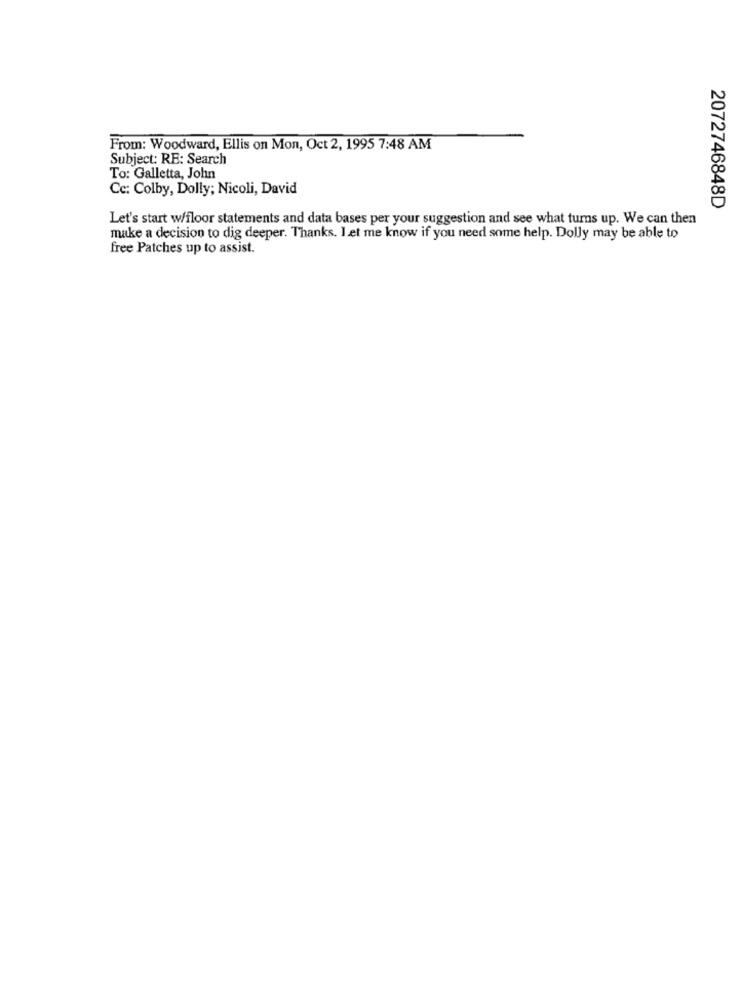
From: Woodward, Ellis on Mon, Oct 2, 1995 7:48 AM
Subject: RE: Search
To: Galletta, John
Cc: Colby, Dolly; Nicoli, David
2072746848D
Let's start w/floor statements and data bases per your suggestion and see what turns up. We can then
make a decision to dig deeper. Thanks. I et me know if you need some help. Dolly may be able to
free Patches up to assist.